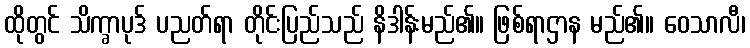
ထိုတွင် သိက္ခာပုဒ် ပညတ်ရာ တိုင်းပြည်သည် နိဒါန်းမည်၏။ ဖြစ်ရာဌာန မည်၏။ ဝေသာလီ၊